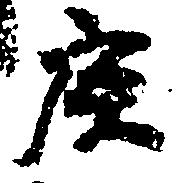
庚